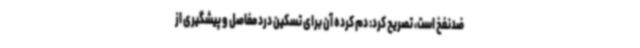
ضدنفخ است، تصریح کرد: دم کرده آن برای تسکین درد مفاصل و پیشگیری از